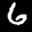
Label: 6